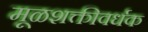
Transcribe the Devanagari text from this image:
मूळशक्तीवर्धक